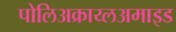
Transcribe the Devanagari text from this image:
पोलिअक्राय्लअमाइड